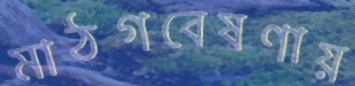
মাঠগবেষণায়